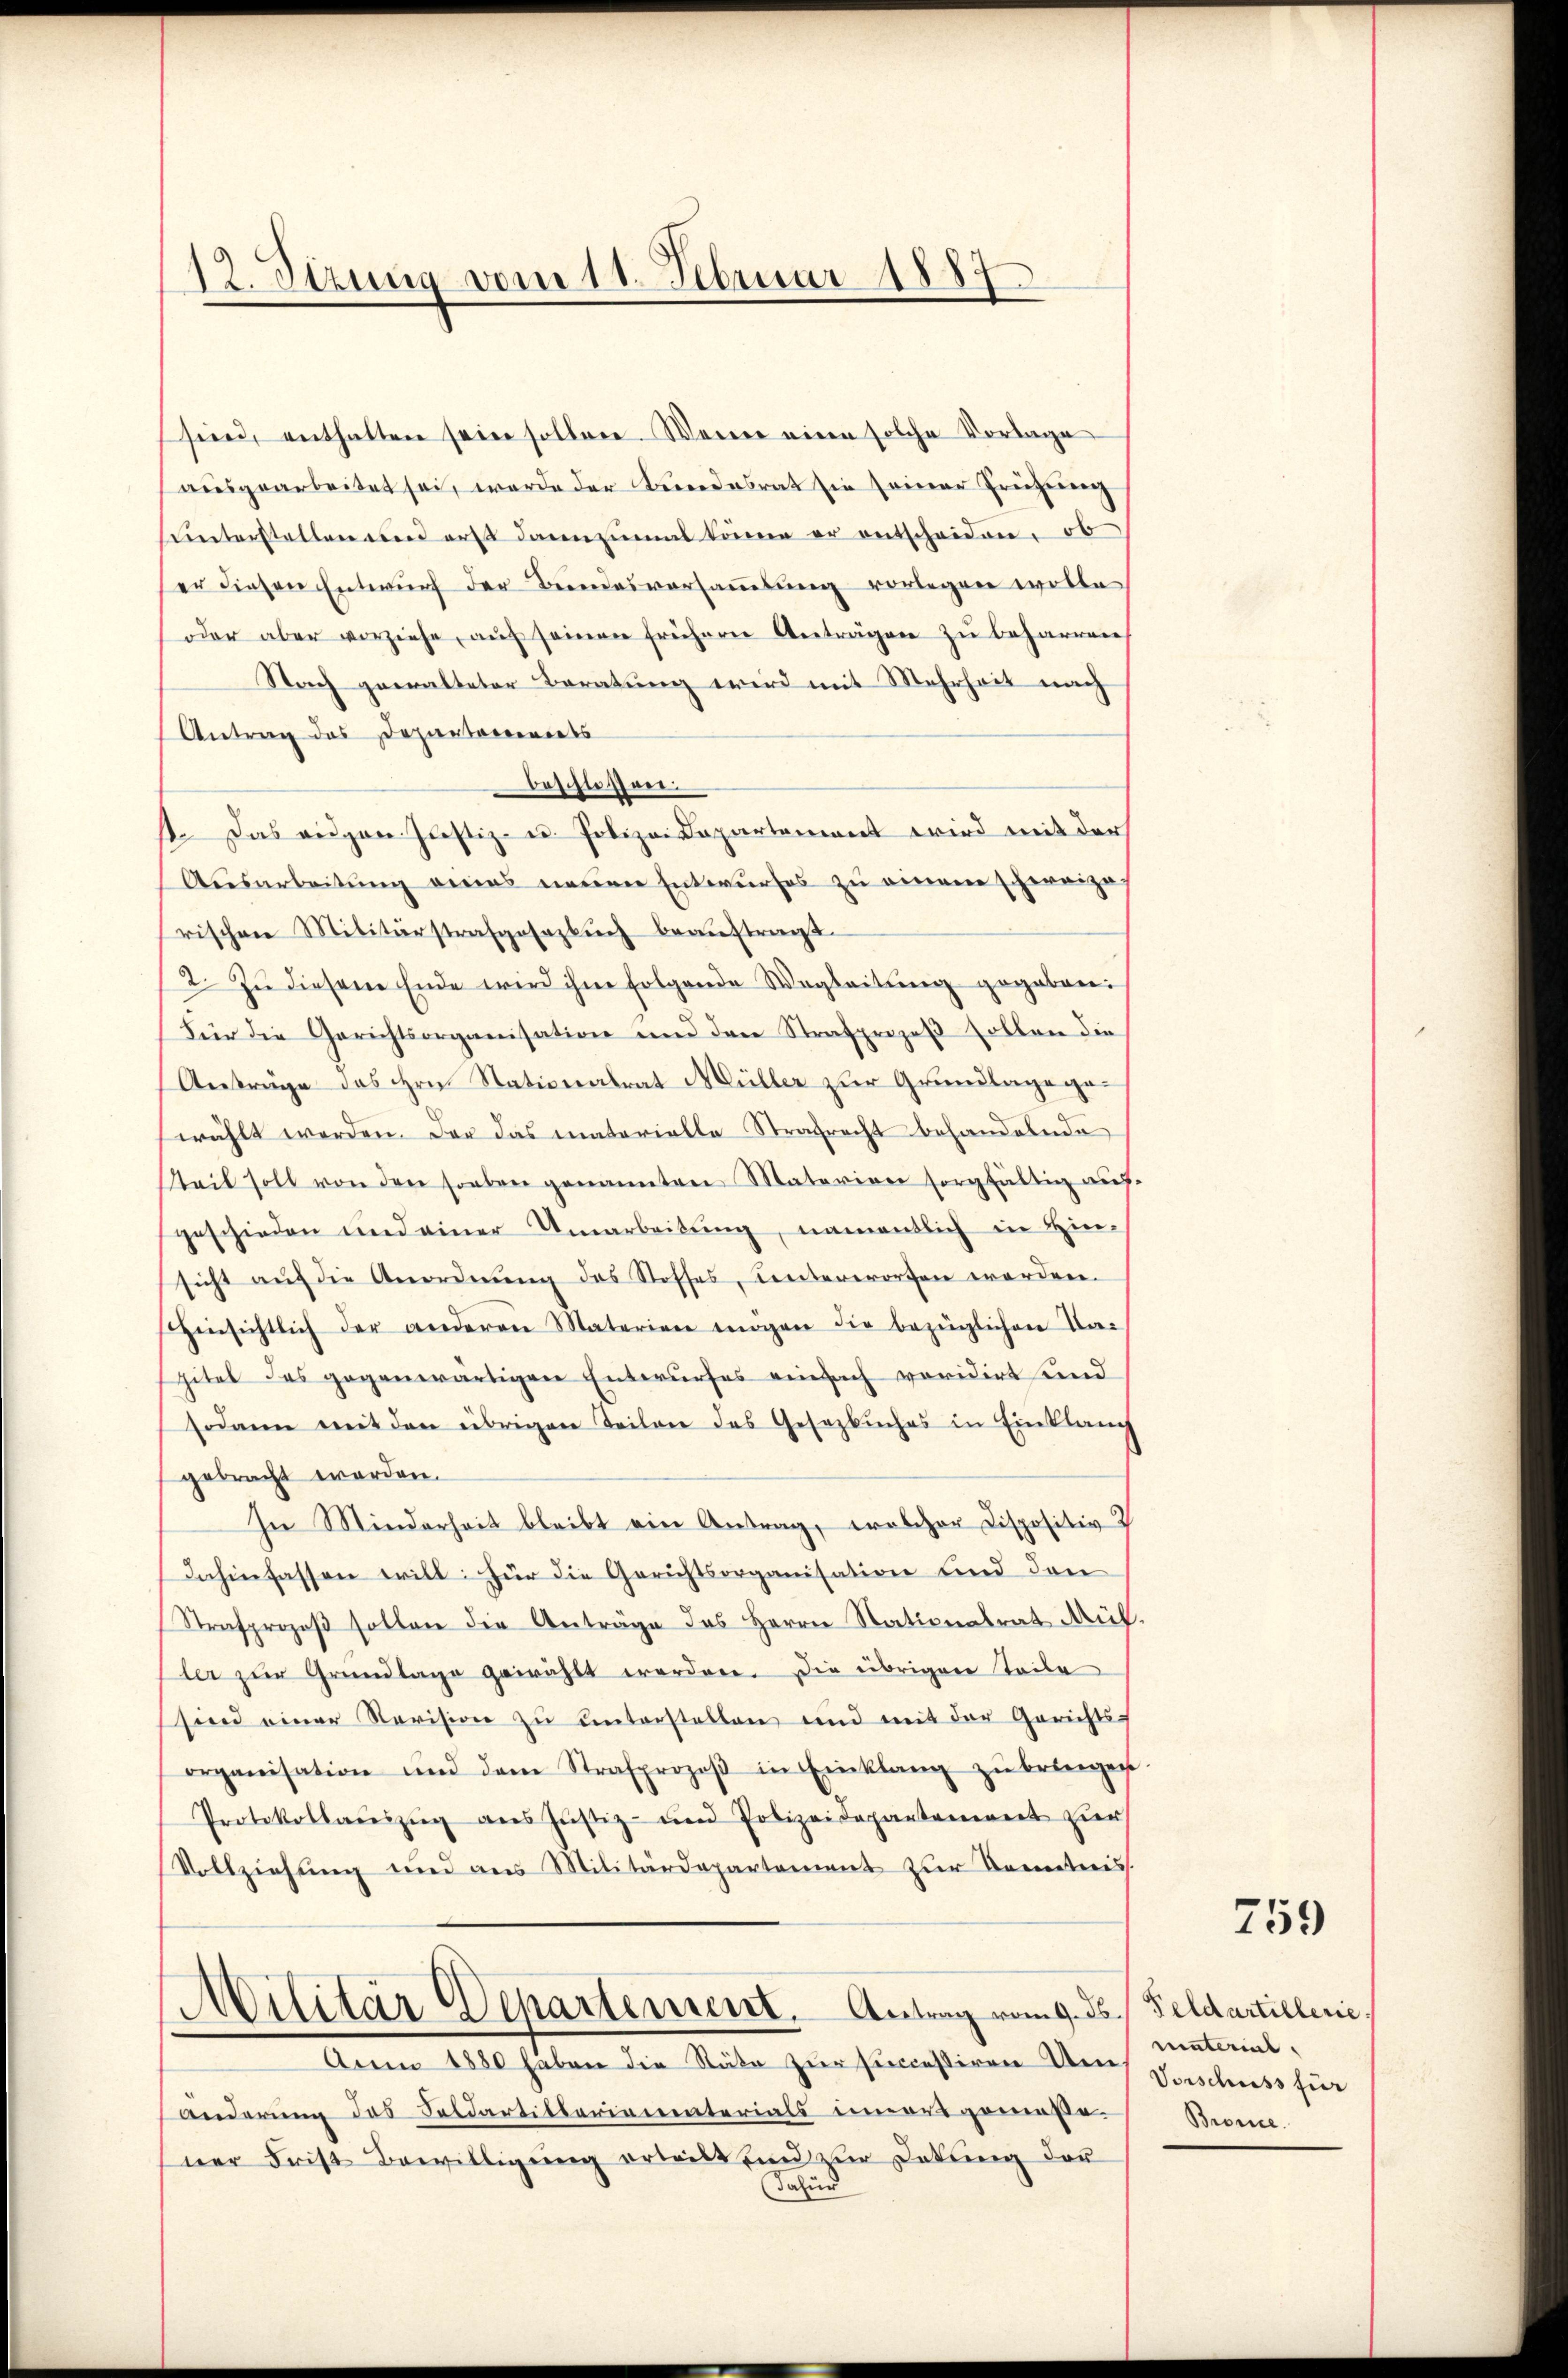
12. Stzung vom 11. Februar 1887.

sind, enthalten seine sollen. Wenn einen solche Vorlage
ausgearbeitet sei, werde der Bundesrat sie seiner Frühung
sunterstellen und erst dannzumal können er entscheiden, ob
er diesen Entwŭrf der Beindesversammlung vorlegen wolle
oder aber vorziehe, aŭf seinen frühern Anträgen zu beharren
Nach gewalteter Beratung wird mit Mehrheit nach
Antrag des Departements
beschlossen.
11. Das angen Justiz- u. Polizei Departement wird mit der
Ausarbeitŭng eines neuen Entwurfes zu einem schweizerischen Militärstrafgesezbuch beauftragt.
2. Zŭ diesem Ende wird ihm folgende Wegleitung gegeben:
Für die Gerichtsorganisation und den Strafprozeβ sollen die
Anträge das ihre Stationalrat Müller zur Grundlage gewählt werden. Der das materielle Strafrecht behandelnde
Steil soll von den soeben genannten Materien sorgfältig aŭf
geschieden und einer Umarbeitŭng, namentlich in Hin-
sicht aŭf die Anordnŭng des Stoffes, Lenterworfen worden.
Einsichtlich der anderen Materien mögen die bezüglichen Ta-
pitel des gegenwärtigen Entwurfes einfach revidirt und
sodann mit den übrigen Teilen des Gesetzbuches in Einklauch
gebracht werden.
In Minderheit bleibt ein Antrag, welcher Dispositiv
dahinfassen will: Für die Gerichtsorganisation und den
Strafprozeß sollen die Anträge des Herrn Stationalrat Mül
ler zŭr Grundlage gewählt worden. Die übrigen Teile
sind einer Revision zu unterstellen und mit der Gerichts-
organisation und dem Strafprozeβ in Einklang zŭ bringen
Protokollauszug aus Justiz- und Polizeidepantaniert zur
Vollziehung und aus Militärdepartement zur Kometeris
Militär Departement. Antrag vom 9. ds Feldartillerie
Aum 1880 haben die Räte zur successiren des Vorschuss für
Änderung des Soldartitlerinnenterials innertgemeße
ner Frist Bewilligŭng erteilt sind zŭr Detŭng der
Dafür

759

material,
Bronce